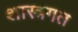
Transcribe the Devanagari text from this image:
शास्त्रगत